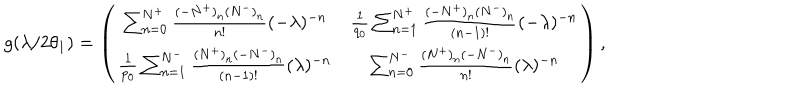
g ( \lambda / 2 \theta _ { 1 } ) = \left( \begin{array} { c c } { { \sum _ { n = 0 } ^ { N ^ { + } } \frac { ( - N ^ { + } ) _ { n } ( N ^ { - } ) _ { n } } { n ! } ( - \lambda ) ^ { - n } } } & { { \frac { 1 } { q _ { 0 } } \sum _ { n = 1 } ^ { N ^ { + } } \frac { ( - N ^ { + } ) _ { n } ( N ^ { - } ) _ { n } } { ( n - 1 ) ! } ( - \lambda ) ^ { - n } } } \\ { { \frac { 1 } { p _ { 0 } } \sum _ { n = 1 } ^ { N ^ { - } } \frac { ( N ^ { + } ) _ { n } ( - N ^ { - } ) _ { n } } { ( n - 1 ) ! } ( \lambda ) ^ { - n } } } & { { \sum _ { n = 0 } ^ { N ^ { - } } \frac { ( N ^ { + } ) _ { n } ( - N ^ { - } ) _ { n } } { n ! } ( \lambda ) ^ { - n } } } \\ \end{array} \right) ,